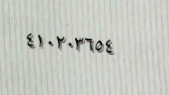
٤١٠٢٠٣٦٥٤